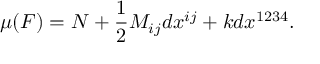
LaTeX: \mu ( F ) = N + \frac { 1 } { 2 } M _ { i j } d x ^ { i j } + k d x ^ { 1 2 3 4 } .